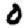
Digit: 0